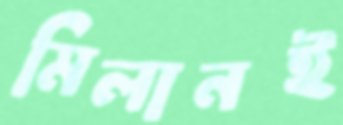
মিলানই